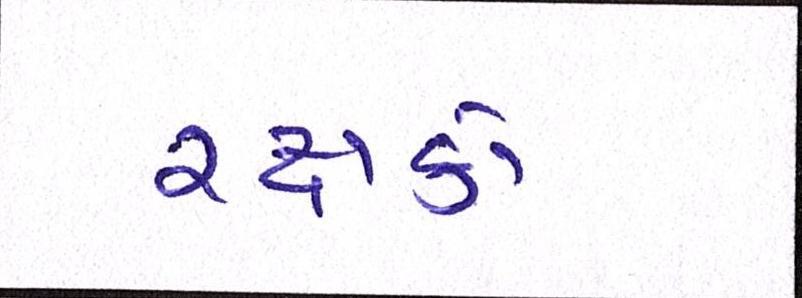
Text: રક્ષકો